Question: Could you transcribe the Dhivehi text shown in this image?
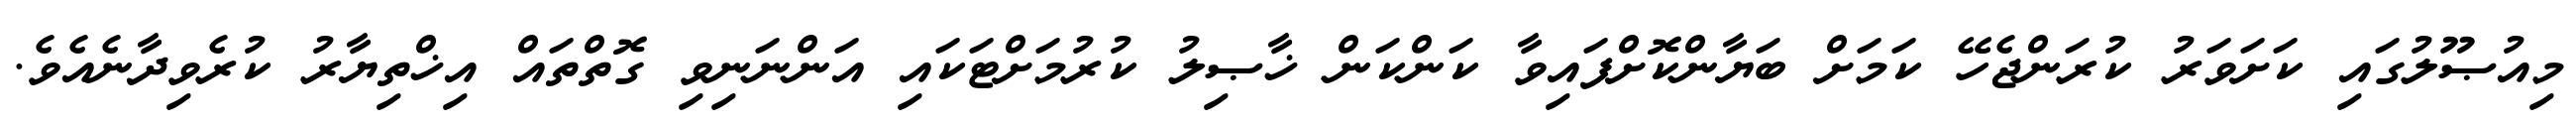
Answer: މިއުޞޫލުގައި ކަށަވަރު ކުރަންޖެހޭ ކަމަށް ބަޔާންކޮށްފައިވާ ކަންކަން ޚާޞިލު ކުރުމަށްޓަކައި އަންނަނިވި ގޮތްތައް އިޚްތިޔާރު ކުރެވިދާނެއެވެ.